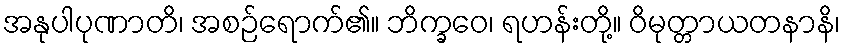
အနုပါပုဏာတိ၊ အစဉ်ရောက်၏။ ဘိက္ခဝေ၊ ရဟန်းတို့။ ဝိမုတ္တာယတနာနိ၊